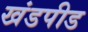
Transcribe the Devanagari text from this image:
खंडपीड